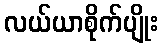
လယ်ယာစိုက်ပျိုး